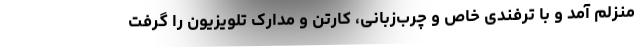
منزلم آمد و با ترفندی خاص و چرب‌زبانی، کارتن و مدارک تلویزیون را گرفت